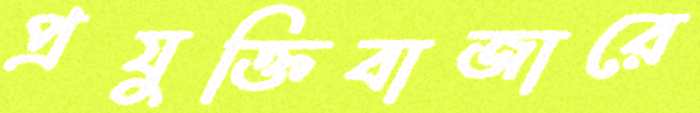
প্রযুক্তিবাজারে